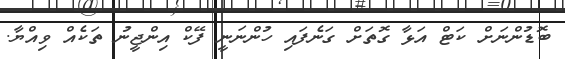
ބޮޑުންނަށް ކަޓް އަޅާ ގޮތަށް ގަނެފައި ހުންނަނީ ފޭކް އިންޖީނު ތަކެއް ވިއްޔާ.